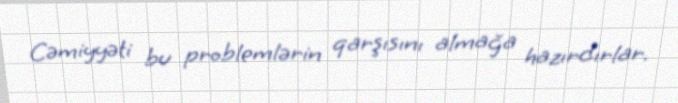
Cəmiyyəti bu problemlərin qarşısını almağa hazırdırlar.